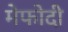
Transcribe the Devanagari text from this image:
मेफोदी